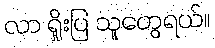
လာ ရှိုးပြ သူတွေရယ်။